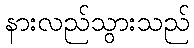
နားလည်သွားသည်